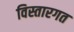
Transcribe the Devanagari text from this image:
विस्तारगत